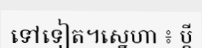
ទៅទៀត។ស្នេហា ៖ ប្តី